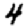
Digit: 4